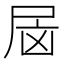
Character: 𰍷